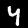
Digit: 4